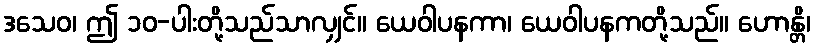
ဒသေဝ၊ ဤ ၁၀-ပါးတို့သည်သာလျှင်။ ယေဝါပနကာ၊ ယေဝါပနကတို့သည်။ ဟောန္တိ၊